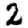
Digit: 2